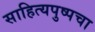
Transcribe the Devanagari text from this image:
साहित्यपुष्पचा